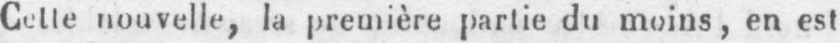
Cette nouvelle, la première partie du moins, en est